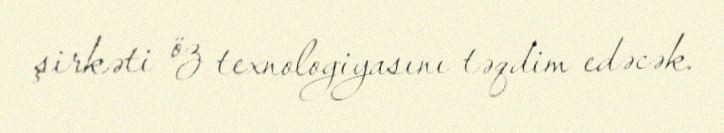
şirkəti öz texnologiyasını təqdim edəcək.